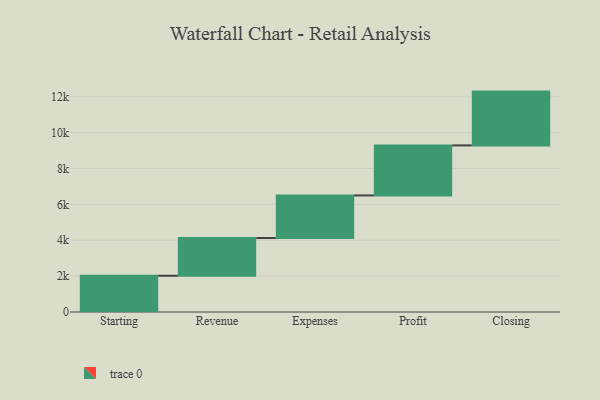
{"axis": {"x": "Step", "y": "Value"}, "legend": [""], "data": [{"x": "Starting", "y": 2022.0, "type": ""}, {"x": "Revenue", "y": 2105.0, "type": ""}, {"x": "Expenses", "y": 2373.0, "type": ""}, {"x": "Profit", "y": 2789.0, "type": ""}, {"x": "Closing", "y": 3000, "type": ""}]}